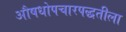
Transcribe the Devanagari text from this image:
औषधोपचारपद्धतीला